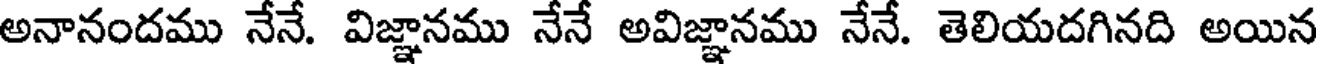
అనానందము నేనే. విజ్ఞానము నేనే అవిజ్ఞానము నేనే. తెలియదగినది అయిన